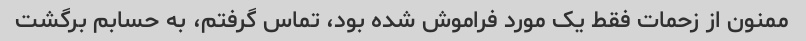
ممنون از زحمات فقط یک مورد فراموش شده بود، تماس گرفتم، به حسابم برگشت